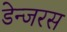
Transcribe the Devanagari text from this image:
डेन्जरस